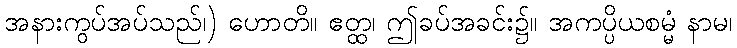
အနားကွပ်အပ်သည်၊) ဟောတိ။ ဧတ္ထ၊ ဤခပ်အခင်း၌။ အကပ္ပိယစမ္မံ နာမ၊